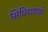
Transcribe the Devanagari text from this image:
सिंधियाशाही